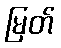
မြတ်